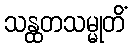
သန္ထတသမ္မုတိံ